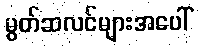
မွတ်ဆလင်များအပေါ်